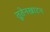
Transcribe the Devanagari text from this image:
तूतेनखाटन